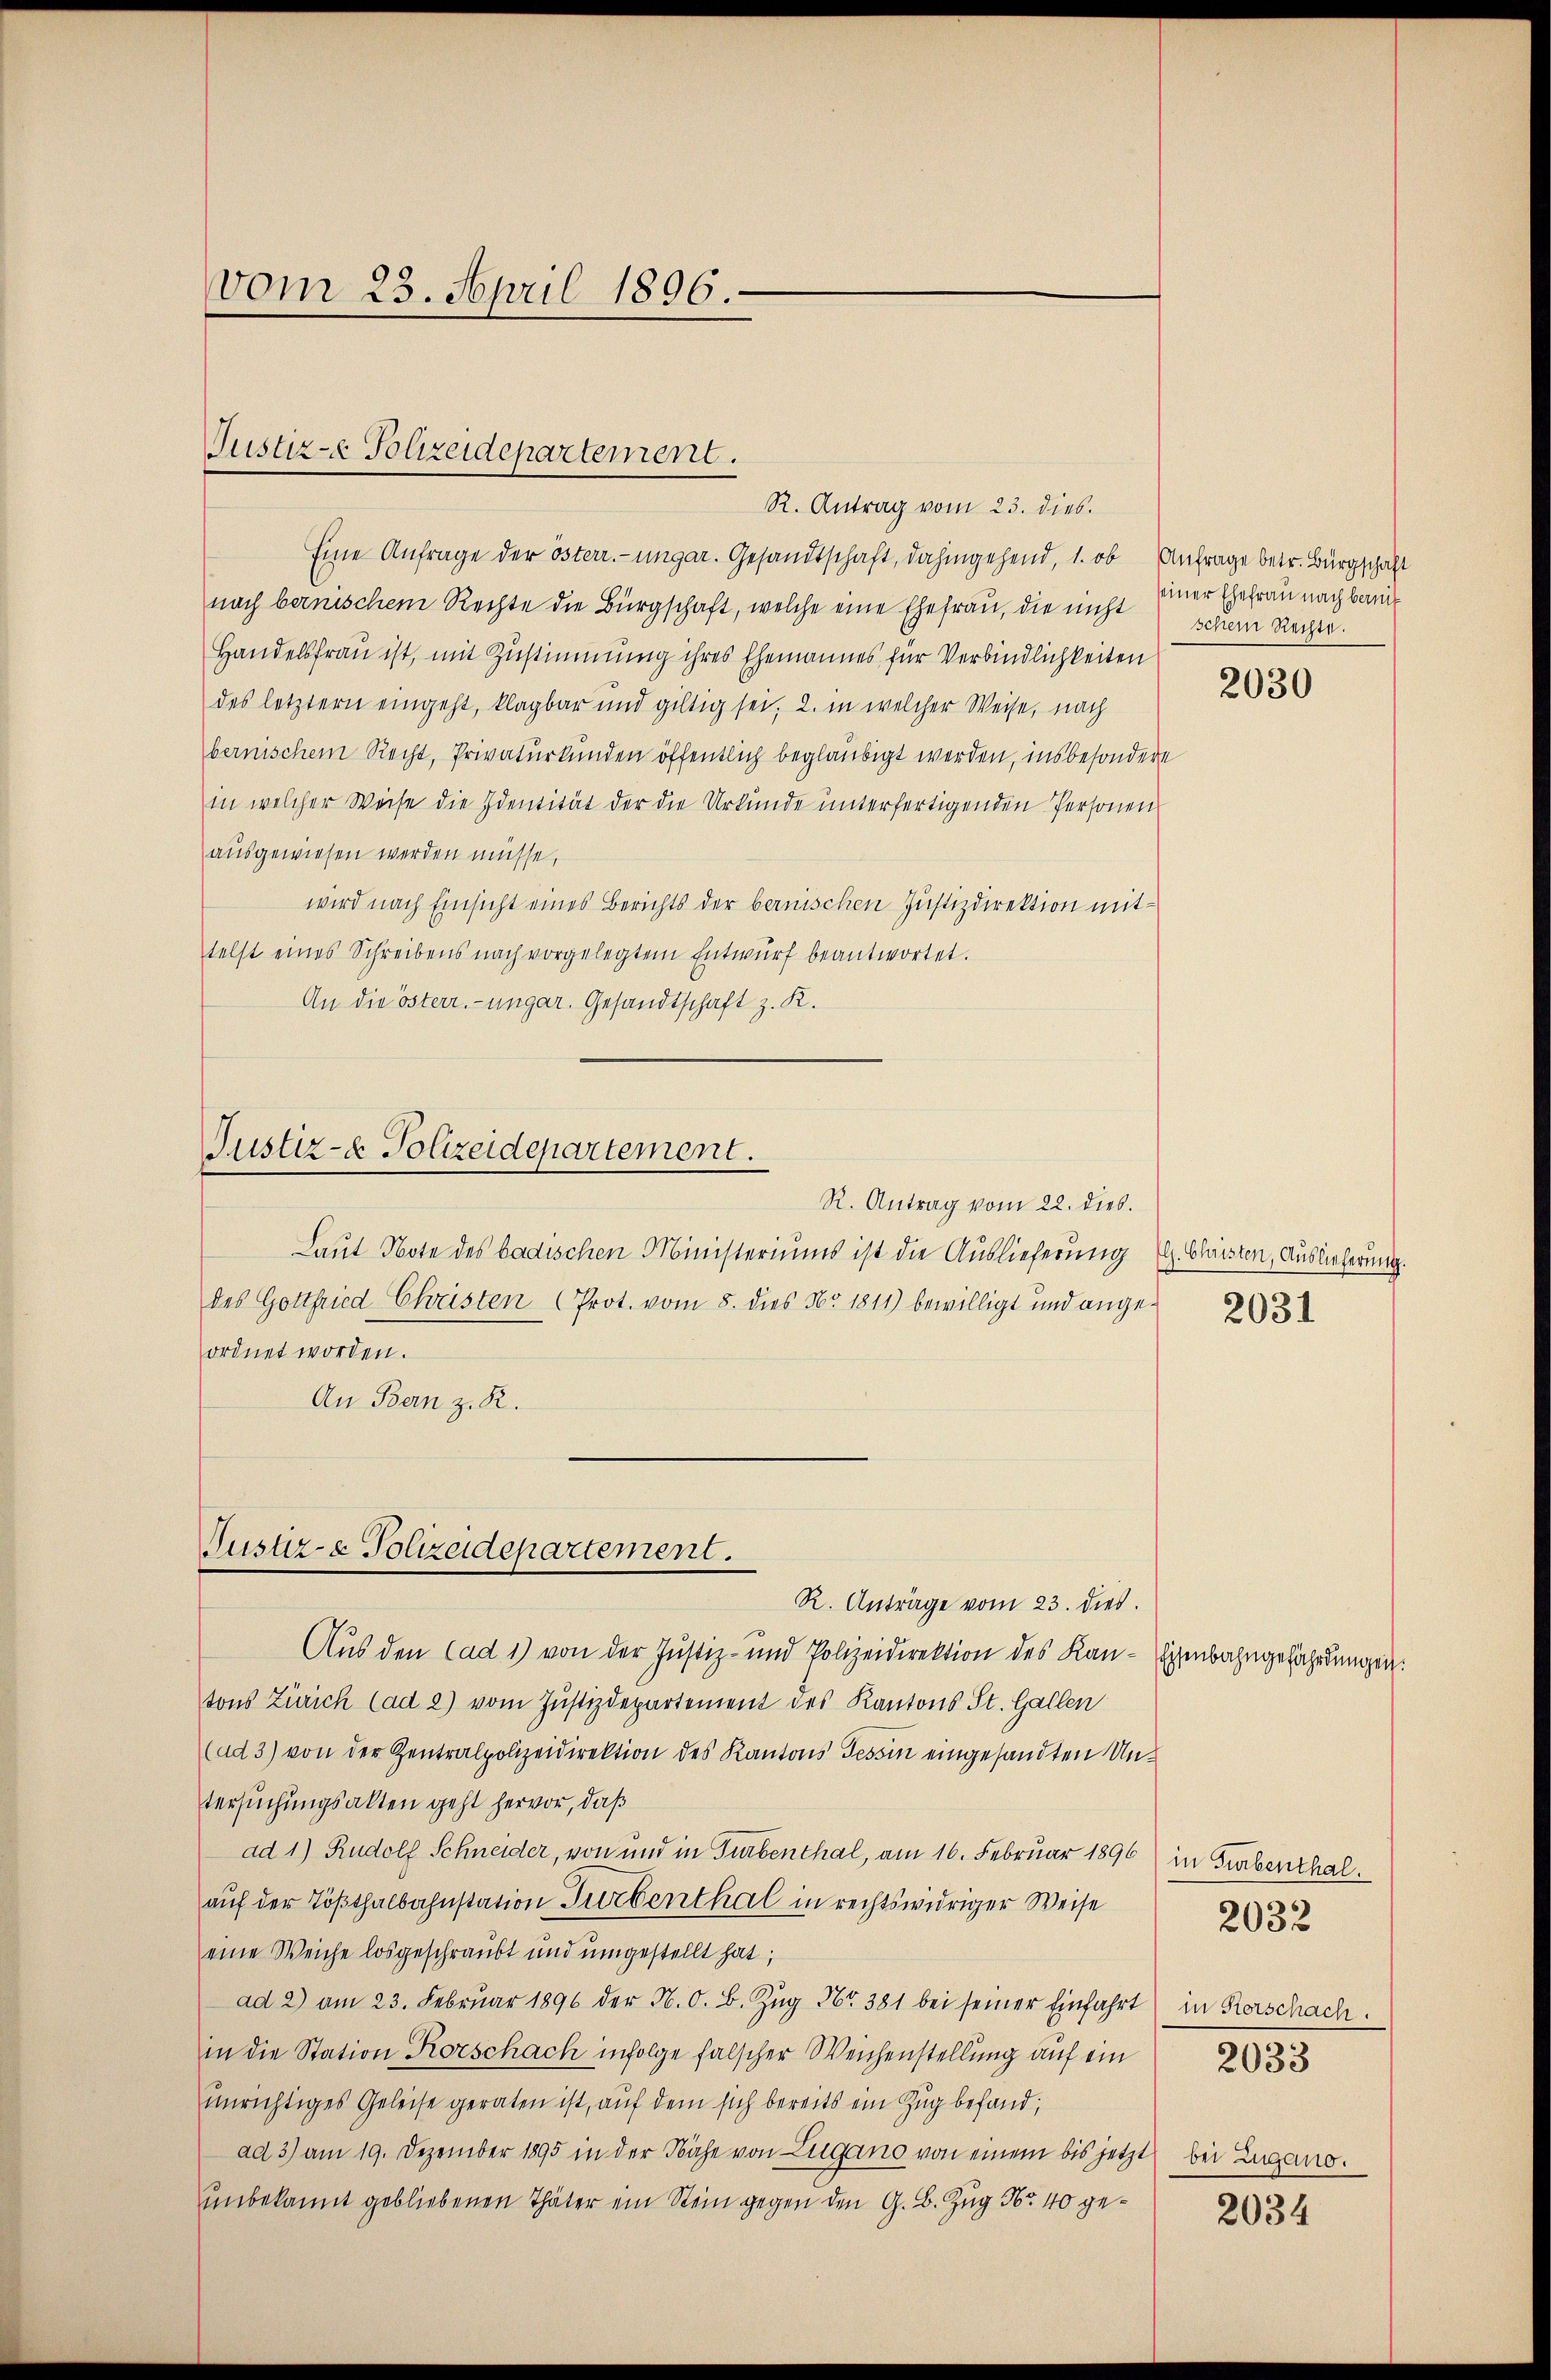
vom 23. April 1896.

Justiz- Polizeidepartement.

R. Antrag vom 23. dies.
Eine Anfrage der österr.-ungar. Gesandtschaft, dahingehend, 1. ob Anfrage betr. Bürgschaft
nach bernischem Rechte die Bürgschaft, welche eine Ehefrau, die nicht
Handelsfrau ist, mit Zustimmung ihres Ehemannes für Verbindlichkeiten
des letztern eingeht, klagbar und giltig sei, 2. in welcher Weise, nach
bernischem Recht, Privaturkunden öffentlich beglaubigt werden, insbesondere
in welcher Weise die Identität der die Urkunde unterfertigenden Personen
ausgewiesen werden müsse,
wird nach Einsicht eines Berichts der bernischen Justizdirektion mittelst eines Schreibens nach vorgelegtem Entwŭrf beantwortet.
An die österr.-ungar. Gesandtschaft z. K.

Justiz- & Polizeidepartement.

Justiz- & Polizeidepartement.

R. Antrag vom 22. dies.
Laut Note des badischen Ministeriums ist die Auslieferung C. Christen, Auslieferung.
des Gottfried-Christen (Prot. vom 8. dies Nr. 1811) bewilligt und angeordnet worden.
An Bern z. R.

seiner Ehefrau nach bemit
schein Rechte.

R. Anträge vom 23. dies
Aus den Cad 1) von der Justiz- und Polizeidirektion des Kan-Eisenbahngefährdungen.
tons Zürich (ad 2) vom Justizdepartement des Kantons St. Gallen
(ad 3) von der Zentralpolizeidirektion des Kantons Tessin eingesandten Untersuchungsalten geht hervor, daß
ad 1) Rudolf Schneider, von und in Turbenthal, am 16. Februar 1896) in Turbenthalauf der Tößthalbahnstation Turbenthal in rechtswidriger Weise
eine Weiche losgeschraubt und umgestellt hat,
ad 2) am 23. Febrŭar 1896 der N. O. B. Zŭg Nr. 381 bei seiner Einfahrt in Kerschach.
in die Station Korschach infolge falscher Weichenstellung auf ein
unrichtiges Geleise geraten ist, auf dem sich bereits ein Zug befand,
ad 3) am 19. Dezember 1895 in der Nähe von Lugano von einem bis jetzt bei Zugano.
unbekannt gebliebenen Thäter ein Stein gegen den G. B. Zug No 40 ge¬

2030

2031

2033

2032

2034